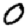
Digit: 0